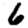
Digit: 6